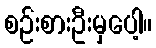
စဉ်းစားဦးမှပေါ့။